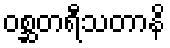
ဝစ္ဆတရီသတာနိ